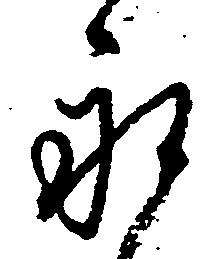
永